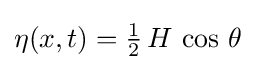
\eta (x,t)={\tfrac {1}{2}}\,H\,\cos \,\theta